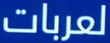
لعربات